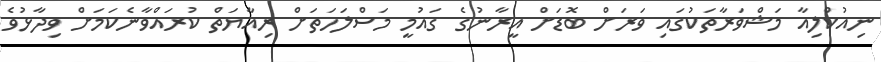
ނިއުކްލިއާ މަޝްވަރާތަކުގައި ވަރަށް ބޮޑަށް އީރާނުގެ ގައުމީ މަސްލަހަތަށް ރިއާޔަތް ކުރައްވާނެކަމަށް ވިދާޅުވެ